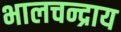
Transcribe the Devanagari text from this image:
भालचन्द्राय